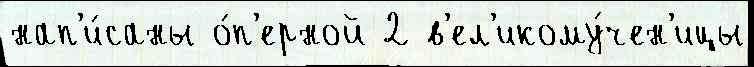
нап'и́саны о́п'ерной 2 в'ел'икому́чен'ицы